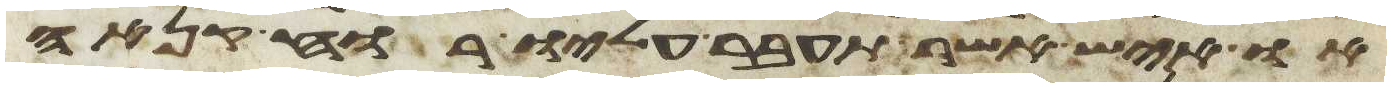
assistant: או איש אשר תעבר עליו רוח קנאה